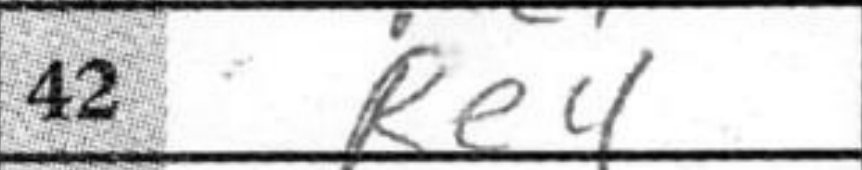
Transcription: Re4